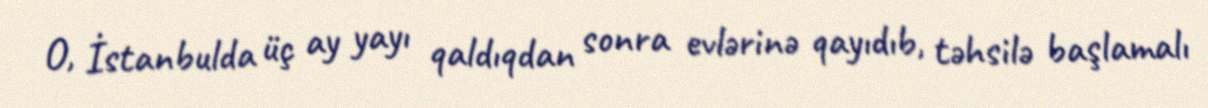
O, İstanbulda üç ay yayı qaldıqdan sonra evlərinə qayıdıb, təhsilə başlamalı